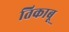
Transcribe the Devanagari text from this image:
तिकाबू